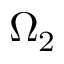
\Omega _ { 2 }